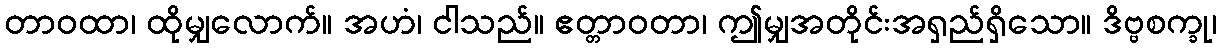
တာဝထာ၊ ထိုမျှလောက်။ အဟံ၊ ငါသည်။ ဧတ္တာဝတာ၊ ဤမျှအတိုင်းအရှည်ရှိသော။ ဒိဗ္ဗစက္ခု၊